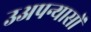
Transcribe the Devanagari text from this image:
उअपन्यासों